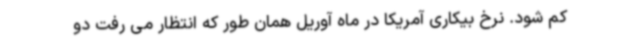
کم شود. نرخ بیکاری آمریکا در ماه آوریل همان طور که انتظار می رفت دو